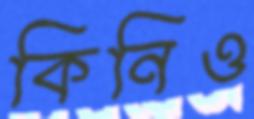
কিনিও